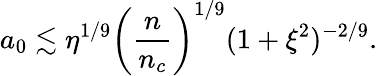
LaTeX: a_{0}\lesssim\eta^{1/9}\left(\frac{n}{n_{c}}\right)^{1/9}(1+\xi^{2})^{-2/9}.